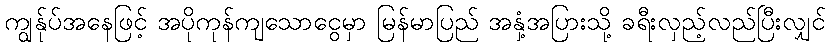
ကျွန်ုပ်အနေဖြင့် အပိုကုန်ကျသောငွေမှာ မြန်မာပြည် အနှံ့အပြားသို့ ခရီးလှည့်လည်ပြီးလျှင်